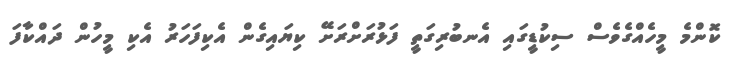
ކޮންމެ މީހެއްގެވެސް ސިކުޑީގައި އެނބުރިގަތީ ފަޅުރަށްރަށޭ ކިޔައިގެން އެކިފަހަރު އެކި މީހުން ދައްކާފަ